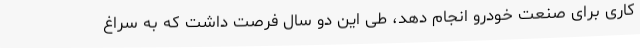
کاری برای صنعت خودرو انجام دهد، طی این دو سال فرصت داشت که به سراغ